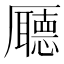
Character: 𠫇